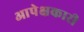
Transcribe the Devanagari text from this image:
आपेक्षकारी